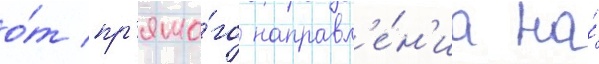
о́т пр'ямо́го направл'е́н'иа на́